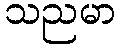
သညမာ